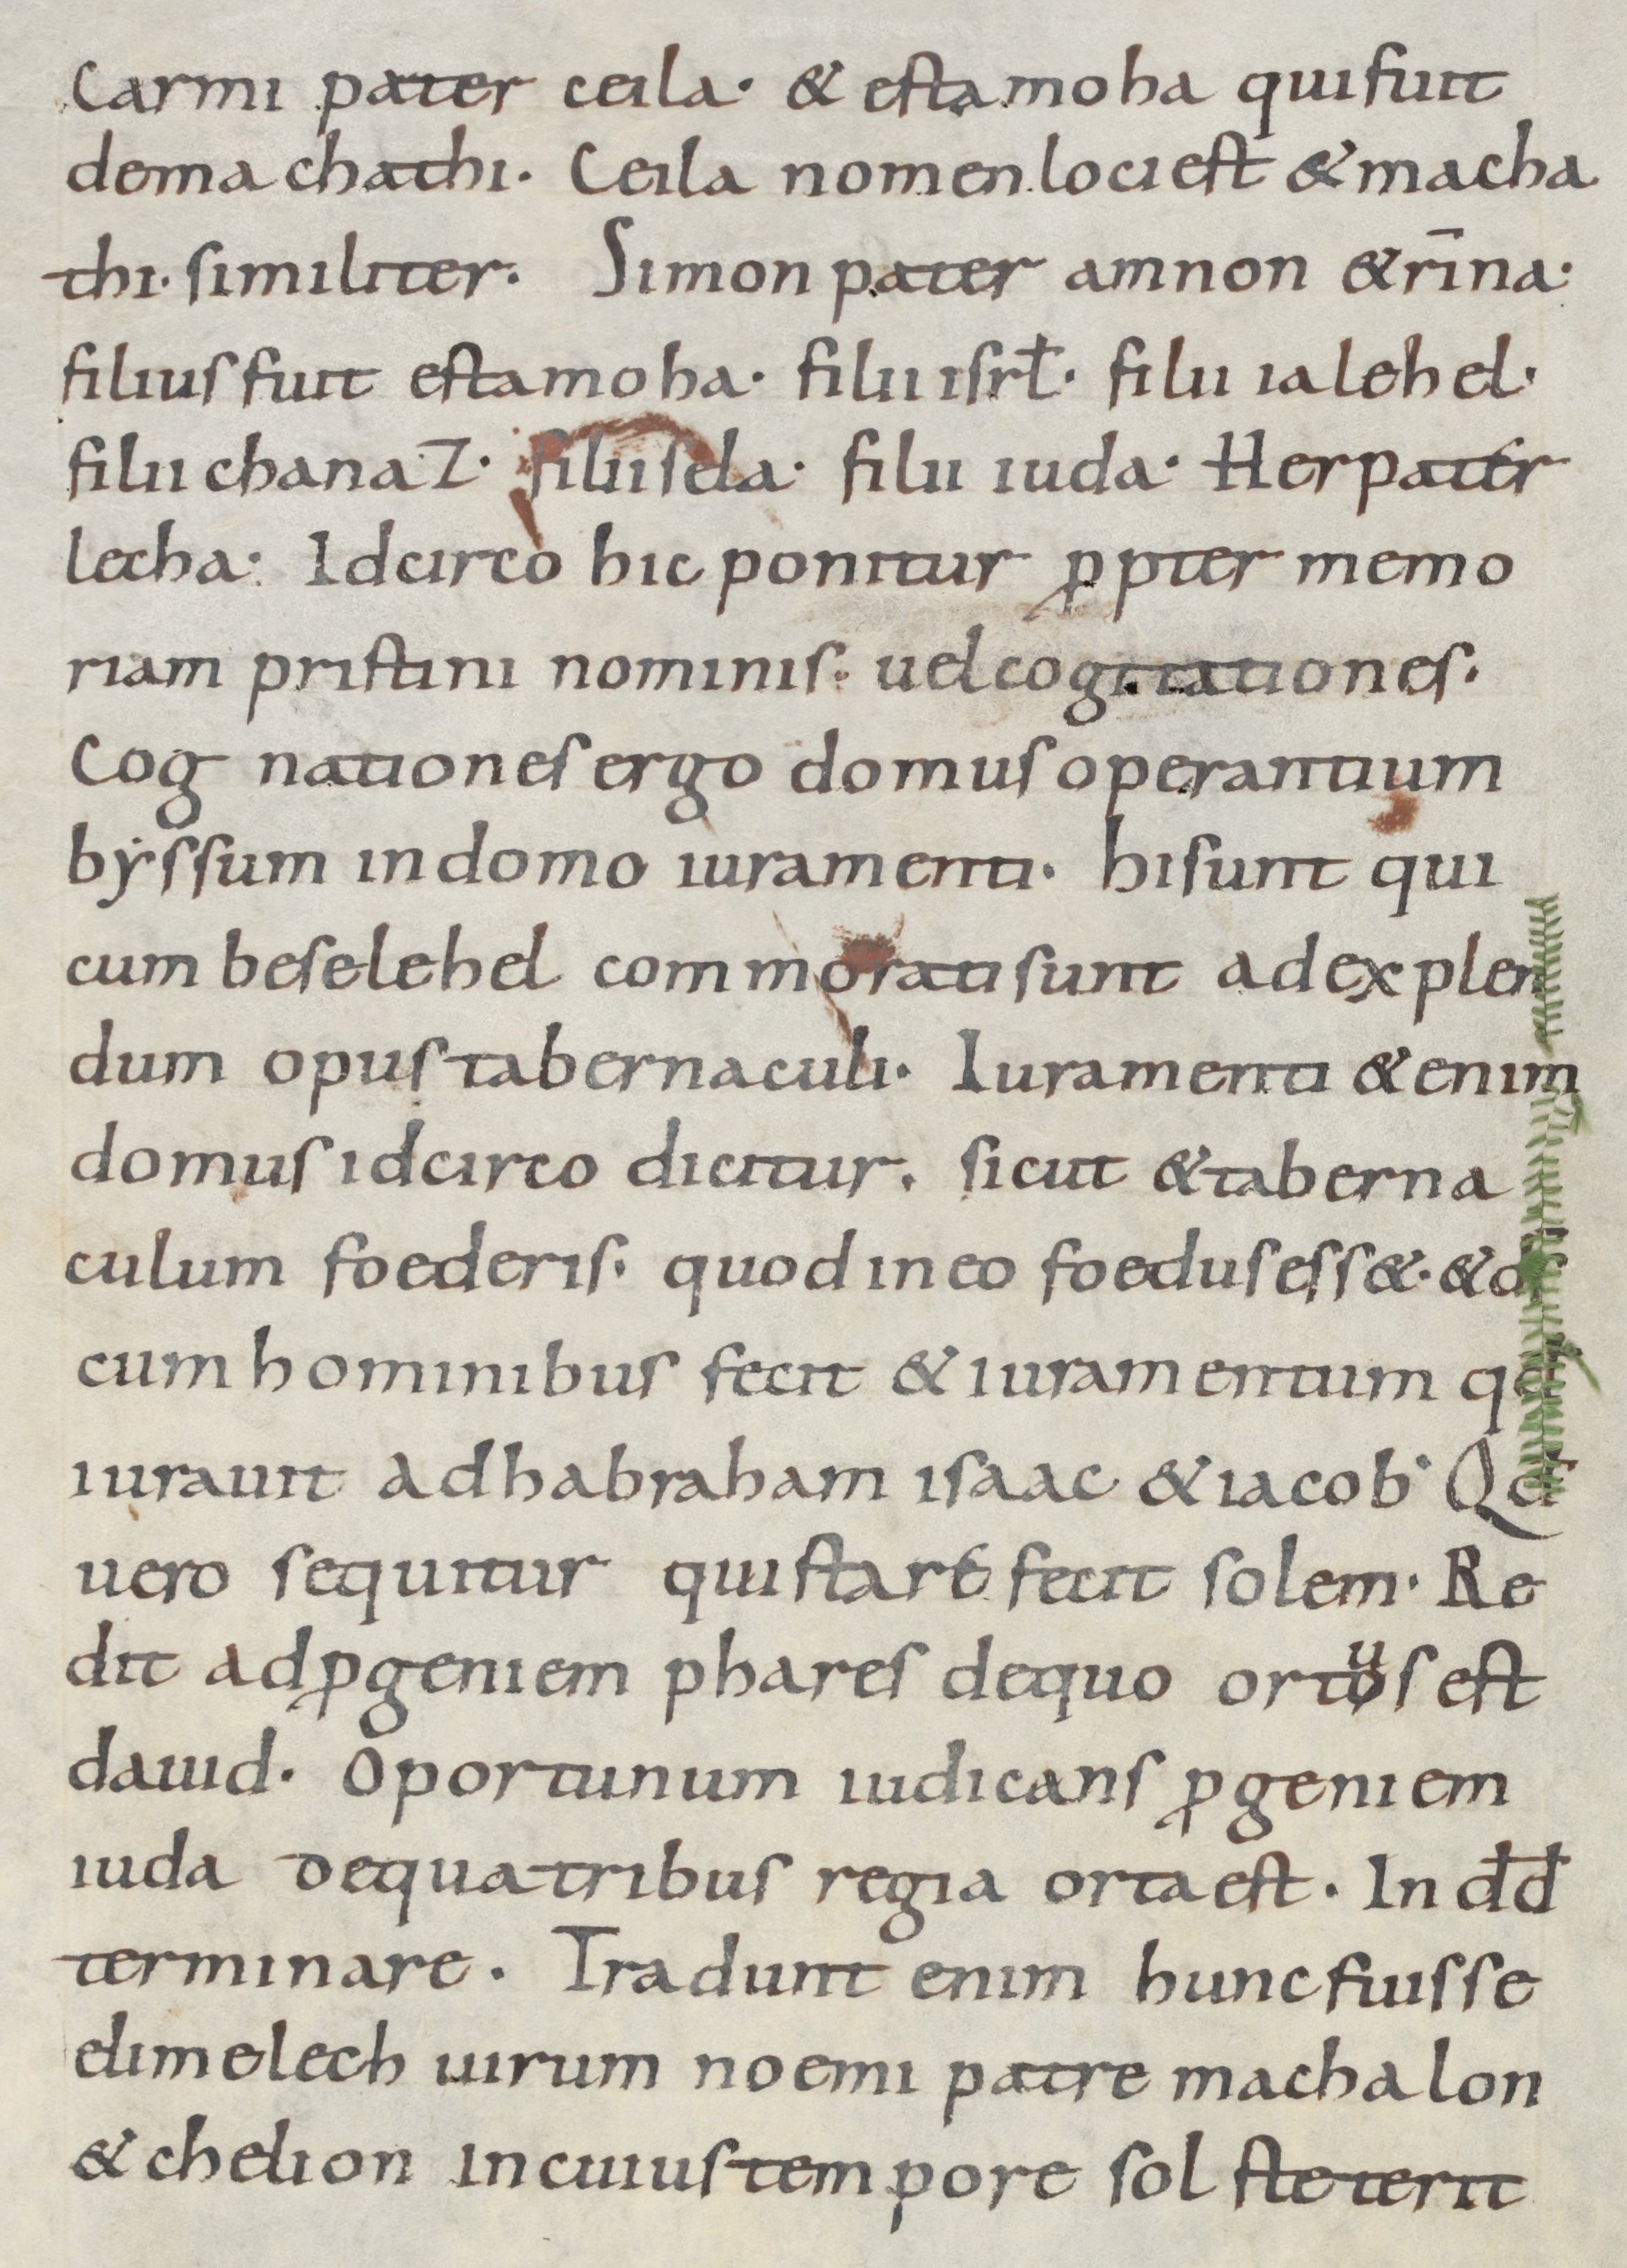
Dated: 800–899